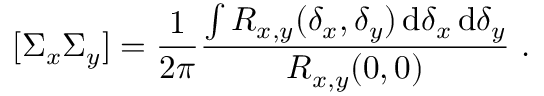
[ \Sigma _ { x } \Sigma _ { y } ] = \frac { 1 } { { 2 \pi } } \frac { { \int { R _ { x , y } ( \delta _ { x } , \delta _ { y } ) \, \mathrm { d } \delta _ { x } \, \mathrm { d } \delta _ { y } } } } { { R _ { x , y } ( 0 , 0 ) } } ~ .